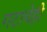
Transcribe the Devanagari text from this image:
गटाचेही